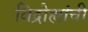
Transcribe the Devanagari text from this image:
विद्रोह्यांची